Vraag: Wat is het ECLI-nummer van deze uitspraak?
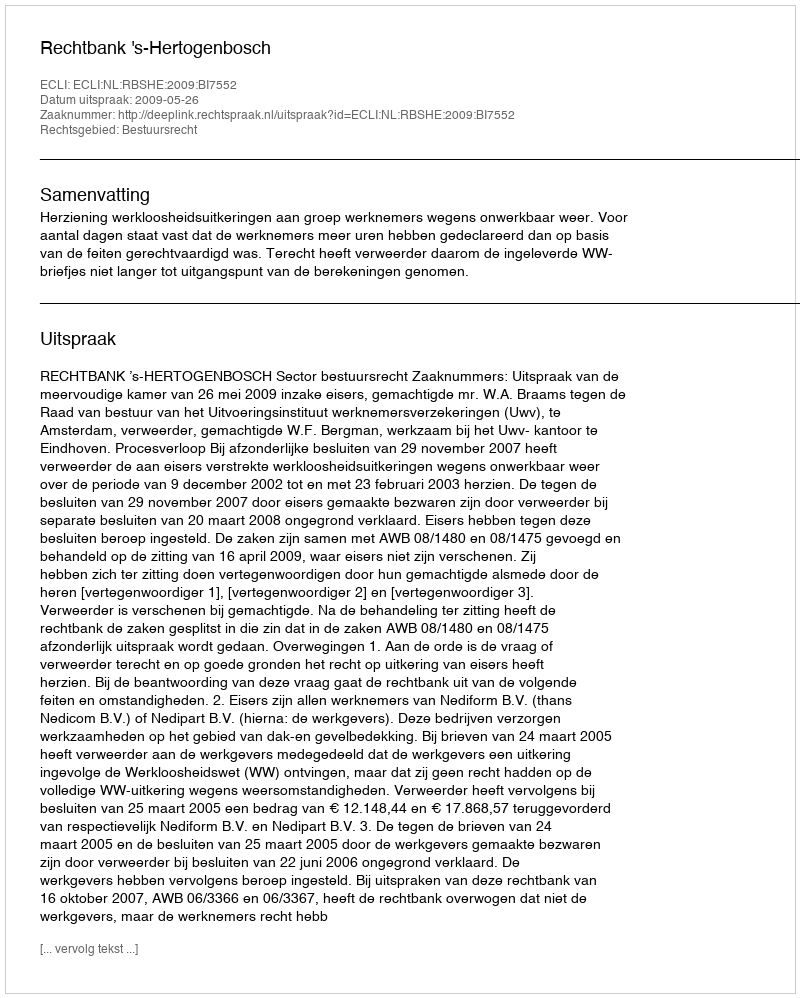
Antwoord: ECLI:NL:RBSHE:2009:BI7552